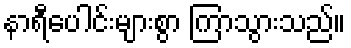
နာရီပေါင်းများစွာ ကြာသွားသည်။